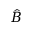
\hat { B }